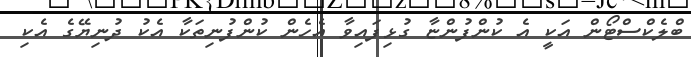
ބްލެކްސްޓޯން އަކީ އެ ކުންފުންޏާ ގުޅިފައިވާ އެހެން ކުންފުނިތަކާ އެކު ދުނިޔޭގެ އެކި